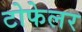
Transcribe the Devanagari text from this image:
टोफेलर